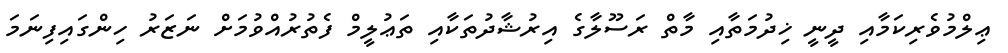
ޢިލްމުވެރިކަމާއި ދީނީ ޚިދުމަތާއި މާތް ރަސޫލާގެ އިރުޝާދުތަކާއި ތަޢުލީމް ފެތުރުއްވުމަށް ނަޒަރު ހިންގައިފިނަމަ